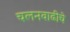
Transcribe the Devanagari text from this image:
चलनवाढीचे